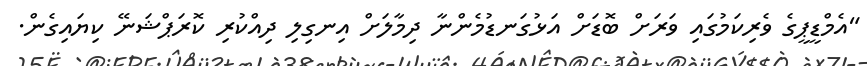
"އެމްޑީޕީގެ ވެރިކަމުގައި ވަރަށް ބޮޑަށް އަޅުގަނޑުމެންނާ ދިމާލަށް އިނގިލި ދިއްކުރި ކޮރަޕްޝަނޭ ކިޔައިގެން.